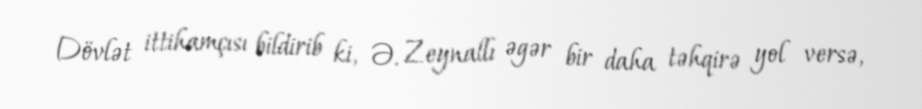
Dövlət ittihamçısı bildirib ki, Ə. Zeynallı əgər bir daha təhqirə yol versə,